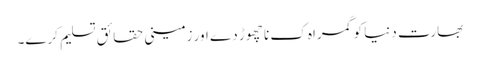
بھارت دنیا کو گمراہ ک نا چھوڑ دے اور زمینی حقائق تسلیم کرے۔